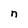
Character: n